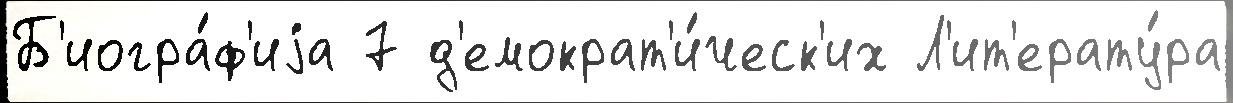
Б'иогра́ф'иjа 7 д'емократ'и́ческ'их Л'ит'ерату́ра